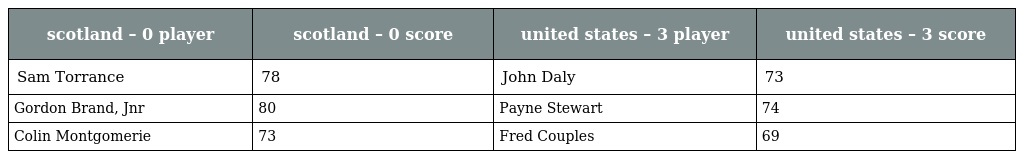
| scotland – 0 player | scotland – 0 score | united states – 3 player | united states – 3 score |
 | --- | --- | --- | --- |
 | Sam Torrance | 78 | John Daly | 73 |
 | Gordon Brand, Jnr | 80 | Payne Stewart | 74 |
 | Colin Montgomerie | 73 | Fred Couples | 69 |